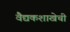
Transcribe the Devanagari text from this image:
वैद्यकशाखेची